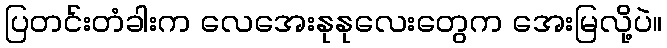
ပြတင်းတံခါးက လေအေးနုနုလေးတွေက အေးမြလို့ပဲ။